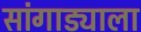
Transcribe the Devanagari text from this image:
सांगाड्याला